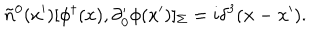
\tilde { n } ^ { 0 } ( x ^ { \prime } ) [ \phi ^ { \dagger } ( x ) , \partial _ { 0 } ^ { \prime } \phi ( x ^ { \prime } ) ] _ { \Sigma } = i \delta ^ { 3 } ( { \bf x } - { \bf x } ^ { \prime } ) .